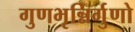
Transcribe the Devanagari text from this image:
गुणभृन्निर्गुणो